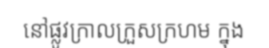
នៅផ្លូវក្រាលក្រួសក្រហម ក្នុង